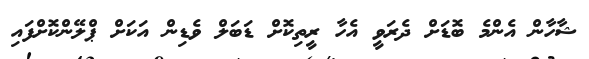
ޝާހާން އެންމެ ބޮޑަށް ދެރަވީ އެހާ ރީތިކޮށް ޑަބަލް ވެޑިން އަކަށް ޕްލޭންކޮށްފައި